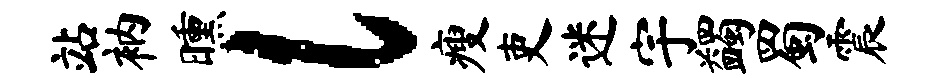
站衲曛l瘦吏迷宇蠲蜀震